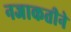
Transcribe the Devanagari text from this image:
नजाकतीने